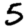
Digit: 5